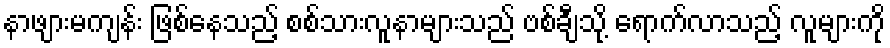
နာဖျားမကျန်း ဖြစ်နေသည့် စစ်သားလူနာများသည် ဗစ်ချီသို့ ရောက်လာသည့် လူများကို